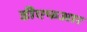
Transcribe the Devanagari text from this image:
डीएफआर